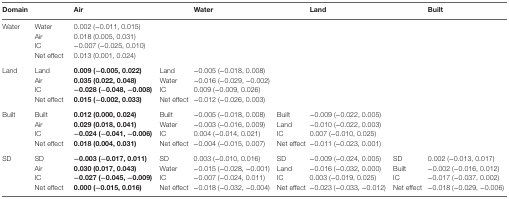
<table><thead><tr><td><b>Domain</b></td><td></td><td><b>Air</b></td><td></td><td><b>Water</b></td><td></td><td><b>Land</b></td><td></td><td><b>Built</b></td></tr></thead><tbody><tr><td rowspan="4">Water</td><td>Water</td><td>0.002 (−0.011, 0.015)</td><td></td><td></td><td></td><td></td><td></td><td></td></tr><tr><td>Air</td><td>0.018 (0.005, 0.031)</td><td></td><td></td><td></td><td></td><td></td><td></td></tr><tr><td>IC</td><td>−0.007 (−0.025, 0.010)</td><td></td><td></td><td></td><td></td><td></td><td></td></tr><tr><td>Net effect</td><td>0.013 (0.001, 0.024)</td><td></td><td></td><td></td><td></td><td></td><td></td></tr><tr><td rowspan="4">Land</td><td>Land</td><td><b>0.009 (−0.005, 0.022)</b></td><td>Land</td><td>−0.005 (−0.018, 0.008)</td><td></td><td></td><td></td><td></td></tr><tr><td>Air</td><td><b>0.035 (0.022, 0.048)</b></td><td>Water</td><td>−0.016 (−0.029, −0.002)</td><td></td><td></td><td></td><td></td></tr><tr><td>IC</td><td><b>−0.028 (−0.048, −0.008)</b></td><td>IC</td><td>0.009 (−0.009, 0.026)</td><td></td><td></td><td></td><td></td></tr><tr><td>Net effect</td><td><b>0.015 (−0.002, 0.033)</b></td><td>Net effect</td><td>−0.012 (−0.026, 0.003)</td><td></td><td></td><td></td><td></td></tr><tr><td rowspan="4">Built</td><td>Built</td><td><b>0.012 (0.000, 0.024)</b></td><td>Built</td><td>−0.005 (−0.018, 0.008)</td><td>Built</td><td>−0.009 (−0.022, 0.005)</td><td></td><td></td></tr><tr><td>Air</td><td><b>0.029 (0.018, 0.041)</b></td><td>Water</td><td>−0.003 (−0.016, 0.009)</td><td>Land</td><td>−0.010 (−0.022, 0.003)</td><td></td><td></td></tr><tr><td>IC</td><td><b>−0.024 (−0.041, −0.006)</b></td><td>IC</td><td>0.004 (−0.014, 0.021)</td><td>IC</td><td>0.007 (−0.010, 0.025)</td><td></td><td></td></tr><tr><td>Net effect</td><td><b>0.018 (0.004, 0.031)</b></td><td>Net effect</td><td>−0.004 (−0.015, 0.007)</td><td>Net effect</td><td>−0.011 (−0.023, 0.001)</td><td></td><td></td></tr><tr><td rowspan="4">SD</td><td>SD</td><td><b>−0.003 (−0.017, 0.011)</b></td><td>SD</td><td>0.003 (−0.010, 0.016)</td><td>SD</td><td>−0.009 (−0.024, 0.005)</td><td>SD</td><td>0.002 (−0.013, 0.017)</td></tr><tr><td>Air</td><td><b>0.030 (0.017, 0.043)</b></td><td>Water</td><td>−0.015 (−0.028, −0.001)</td><td>Land</td><td>−0.016 (−0.032, 0.000)</td><td>Built</td><td>−0.002 (−0.016, 0.012)</td></tr><tr><td>IC</td><td><b>−0.027 (−0.045, −0.009)</b></td><td>IC</td><td>−0.007 (−0.024, 0.011)</td><td>IC</td><td>0.003 (−0.019, 0.025)</td><td>IC</td><td>−0.017 (−0.037, 0.002)</td></tr><tr><td>Net effect</td><td><b>0.000 (−0.015, 0.016)</b></td><td>Net effect</td><td>−0.018 (−0.032, −0.004)</td><td>Net effect</td><td>−0.023 (−0.033, −0.012)</td><td>Net effect</td><td>−0.018 (−0.029, −0.006)</td></tr></tbody></table>